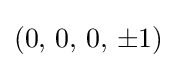
(0,\,0,\,0,\,\pm 1)